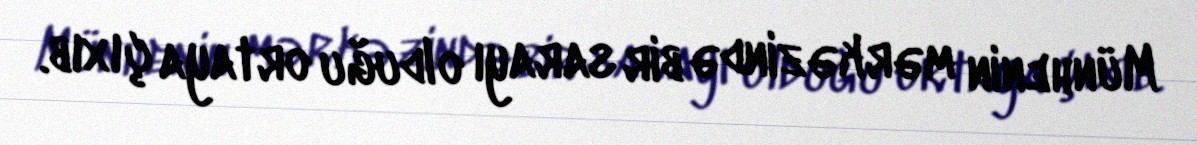
Münhenin mərkəzində bir sarayı olduğu ortaya çıxıb.